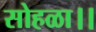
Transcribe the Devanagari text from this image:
सोहळा।।